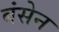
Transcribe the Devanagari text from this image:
बंसेन